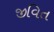
જીવિત